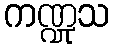
ကဏ္ဍုသ